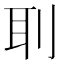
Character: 刵